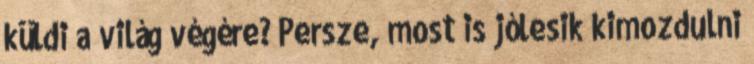
küldi a világ végére? Persze, most is jólesik kimozdulni